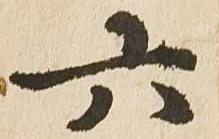
六